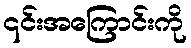
၎င်းအကြောင်းကို